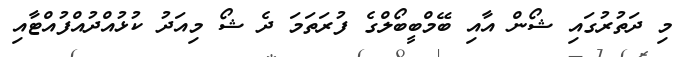
މި ދަތުރުގައި ޝޯން އާއި ބޭމްބީބޯލްގެ ފުރަތަމަ ދެ ޝޯ މިއަދު ކުޅުއްދުއްފުއްޓާއި